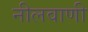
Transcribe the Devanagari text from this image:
नीलवाणी